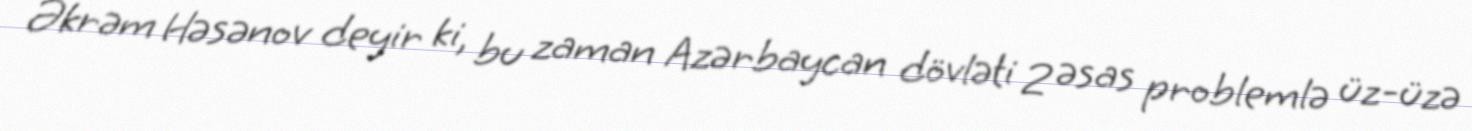
Əkrəm Həsənov deyir ki, bu zaman Azərbaycan dövləti 2 əsas problemlə üz-üzə